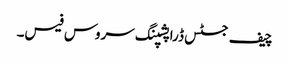
چیف جسٹس ڈراپشپنگ سروس فیس۔